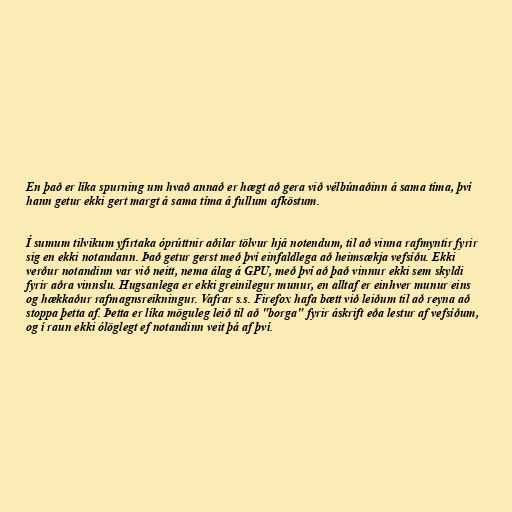
En það er líka spurning um hvað annað er hægt að gera við vélbúnaðinn á sama tíma, því
hann getur ekki gert margt á sama tíma á fullum afköstum.

Í sumum tilvikum yfirtaka óprúttnir aðilar tölvur hjá notendum, til að vinna rafmyntir fyrir
sig en ekki notandann. Það getur gerst með því einfaldlega að heimsækja vefsíðu. Ekki
verður notandinn var við neitt, nema álag á GPU, með því að það vinnur ekki sem skyldi
fyrir aðra vinnslu. Hugsanlega er ekki greinilegur munur, en alltaf er einhver munur eins
og hækkaður rafmagnsreikningur. Vafrar s.s. Firefox hafa bætt við leiðum til að reyna að
stoppa þetta af. Þetta er líka möguleg leið til að "borga" fyrir áskrift eða lestur af vefsíðum,
og í raun ekki ólöglegt ef notandinn veit þá af því.